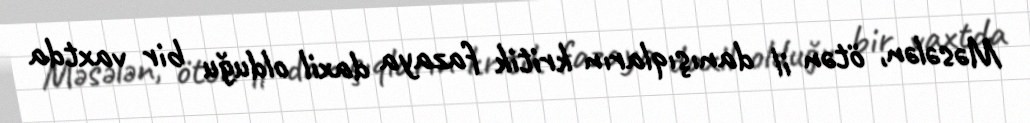
Məsələn, ötən il danışıqların kritik fazaya daxil olduğu bir vaxtda